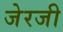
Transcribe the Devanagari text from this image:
जेरजी